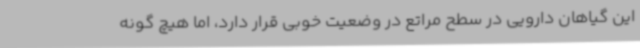
این گیاهان دارویی در سطح مراتع در وضعیت خوبی قرار دارد، اما هیچ گونه